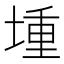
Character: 堹